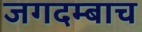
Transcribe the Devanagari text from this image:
जगदम्बाच